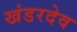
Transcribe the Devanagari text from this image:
खंडरदेव